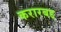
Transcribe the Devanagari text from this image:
करारबद्द